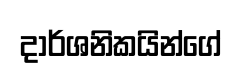
දාර්ශනිකයින්ගේ